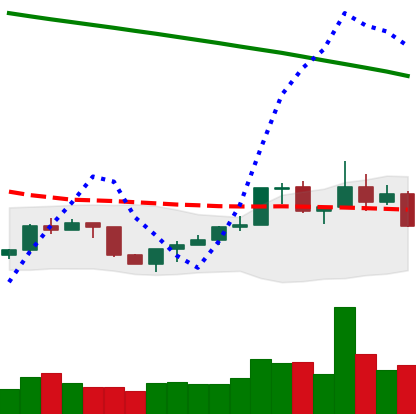
Ticker: NEO-USD
Chart end date: 2022-07-25
Forward return: 22.307%
Label: up_7plus